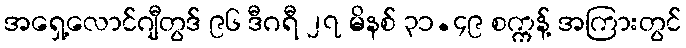
အရှေ့လောင်ဂျီတွဒ် ၉၆ ဒီဂရီ ၂၇ မိနစ် ၃၁.၄၉ စက္ကန့် အကြားတွင်